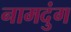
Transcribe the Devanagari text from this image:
नामदुंग